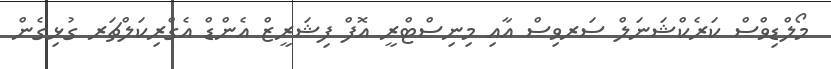
މޯލްޑިވްސް ކަރެކްޝަނަލް ސަރވިސް އާއި މިނިސްޓްރީ އޮފް ފިޝަރީޒް އެންޑް އެގްރިކަލްޗަރ ގުޅިގެން